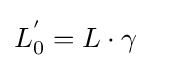
L_{0}^{'}=L\cdot \gamma \ \